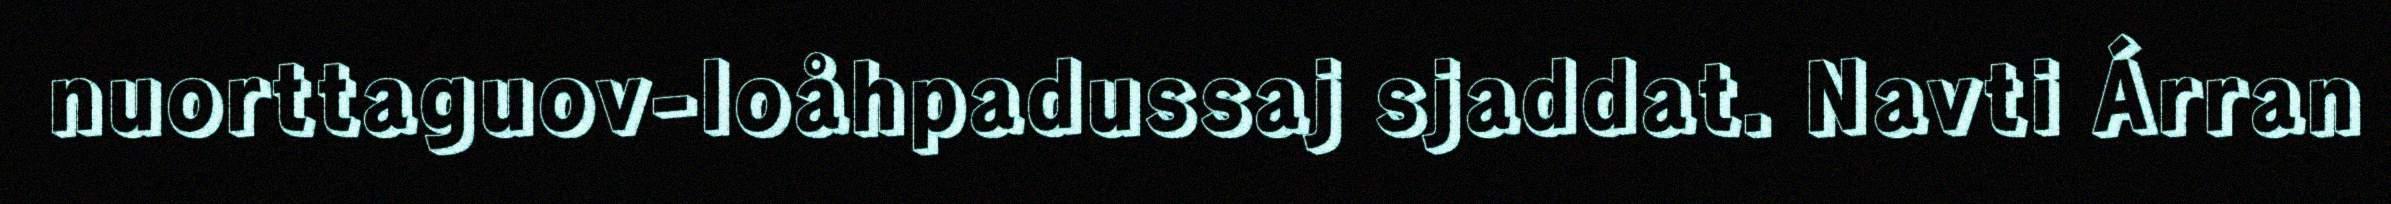
nuorttaguov-loåhpadussaj sjaddat. Navti Árran